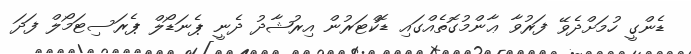
ޑެންގީ ހުމަށްދެވޭ ފަރުވާ ޢާންމުގޮތެއްގައި ޑޮކްޓަރުން އިރުޝާދު ދެނީ ޕެނަޑޯލް ޕެރަސިޓަމޯލް ފަދަ